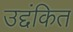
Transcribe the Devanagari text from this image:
उद्दंकित